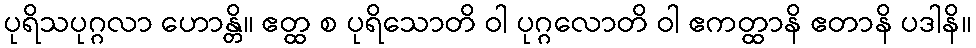
ပုရိသပုဂ္ဂလာ ဟောန္တိ။ ဧတ္ထ စ ပုရိသောတိ ဝါ ပုဂ္ဂလောတိ ဝါ ဧကတ္ထာနိ ဧတာနိ ပဒါနိ။